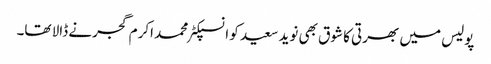
پولیس میں بھرتی کا شوق بھی نوید سعید کو انسپکٹر محمد اکرم گجرنے ڈالا تھا۔